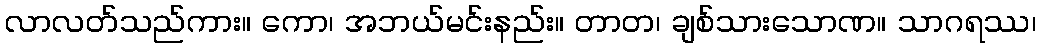
လာလတ်သည်ကား။ ကော၊ အဘယ်မင်းနည်း။ တာတ၊ ချစ်သားသောဏ။ သာဂရဿ၊